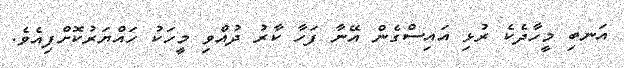
އަނބި މީހާދެކެ ރުޅި އައިސްގެން އޭނާ ފަހާ ކާރު ދުއްވި މީހަކު ހައްޔަރުކޮށްފިއެވެ.